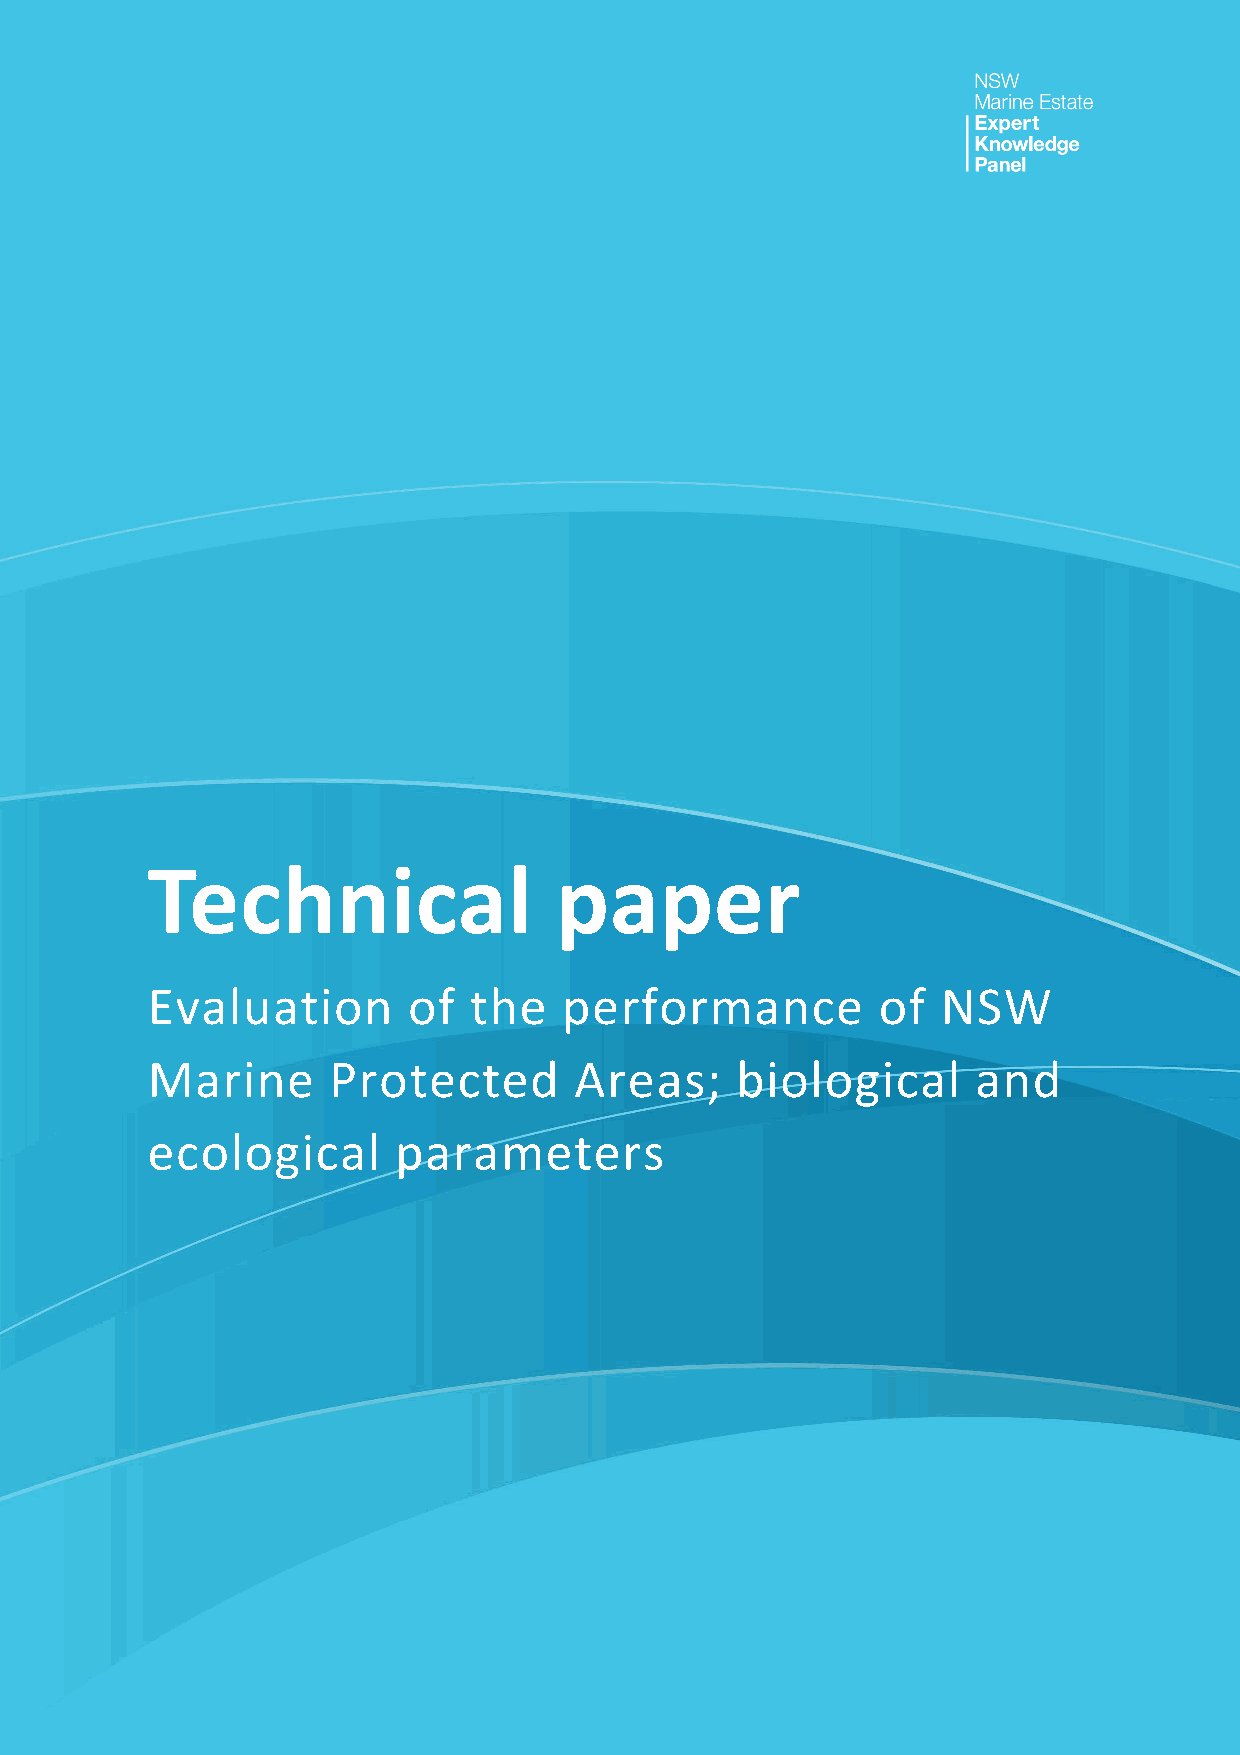
Technical                  paper
 Evaluation       of  the   performance          of  NSW
 Marine      Protected       Areas;     biological      and
 ecological      parameters